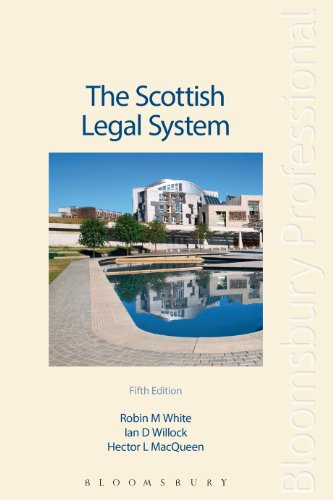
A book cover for The Scottish Legal System: Fifth Edition; Robin M White; Law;